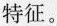
特征。